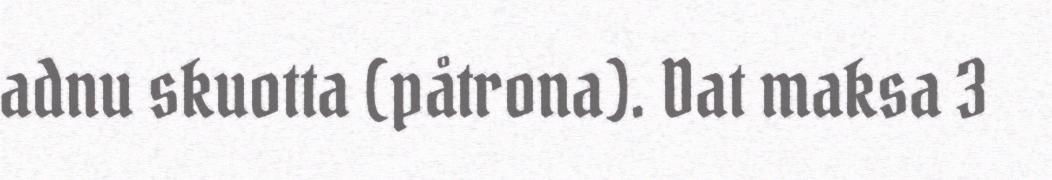
adnu skuotta (påtrona). Dat maksa 3